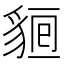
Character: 𧳔